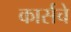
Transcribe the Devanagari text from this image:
कार्सचे